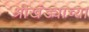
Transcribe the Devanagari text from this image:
श्रीखंड्याच्या